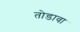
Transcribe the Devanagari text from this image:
तोडावा